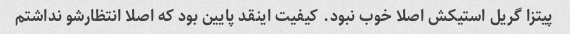
پیتزا گریل استیکش اصلا خوب نبود. کیفیت اینقد پایین بود که اصلا انتظارشو نداشتم